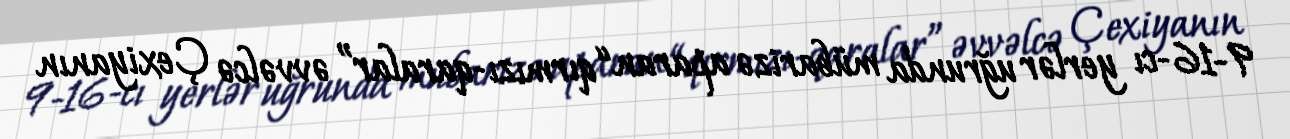
9-16-cı yerlər uğrunda mübarizə aparan “qırmızı-qaralar” əvvəlcə Çexiyanın